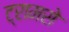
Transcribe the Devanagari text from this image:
ट्रामसे